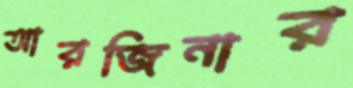
আরজিনার